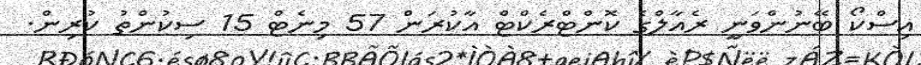
އިސްކޯ ބޭނުންވަނީ ރެއާލްގެ ކޮންޓްރެކްޓް އާކުރަން 57 މިނެޓް 15 ސިކުންތު ކުރިން.